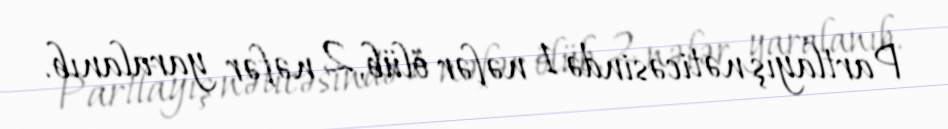
Partlayış nəticəsində 1 nəfər ölüb, 2 nəfər yaralanıb.